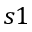
s 1